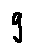
g